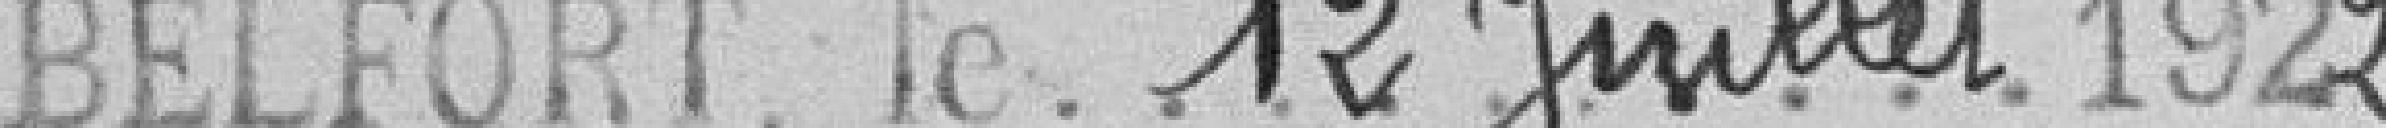
Belfort, le 12 juillet 1922